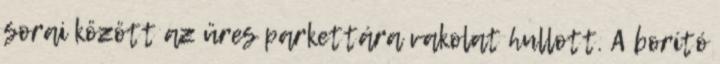
sorai között az üres parkettára vakolat hullott. A borító